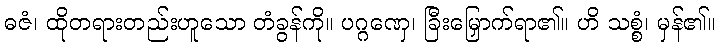
ဓဇံ၊ ထိုတရားတည်းဟူသော တံခွန်ကို။ ပဂ္ဂဏှေ၊ ခြီးမြှောက်ရာ၏။ ဟိ သစ္စံ၊ မှန်၏။